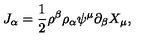
J _ { \alpha } = \frac { 1 } { 2 } \rho ^ { \beta } \rho _ { \alpha } \psi ^ { \mu } \partial _ { \beta } X _ { \mu } ,